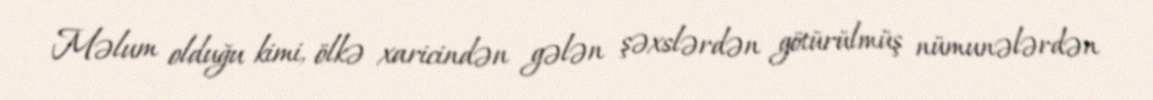
Məlum olduğu kimi, ölkə xaricindən gələn şəxslərdən götürülmüş nümunələrdən